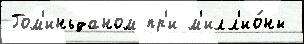
Гом'иньданом пр'и м'илл'ио́ны